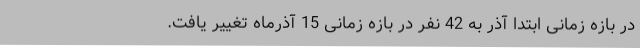
در بازه زمانی ابتدا آذر به 42 نفر در بازه زمانی 15 آذرماه تغییر یافت.